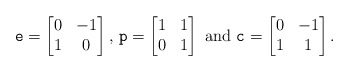
\begin{align*} {\tt e}=\begin{bmatrix}0 & -1\\1 & 0\end{bmatrix},\,{\tt p}=\begin{bmatrix}1 & 1\\0 & 1\end{bmatrix}\mbox{ and }{\tt c}=\begin{bmatrix}0 & -1\\1 & 1\end{bmatrix}.\end{align*}